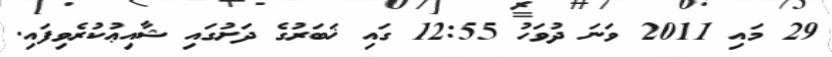
29 މައި 2011 ވަނަ ދުވަހު 12:55 ގައި ޚަބަރުގެ ދަށުގައި ޝާއިޢުކުރެވިފައި.